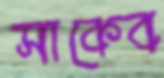
সাকেব